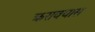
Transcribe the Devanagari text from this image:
क्ररावयास